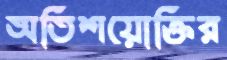
অতিশয়োক্তির